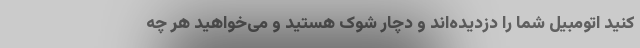
کنید اتومبیل شما را دزدیده‌اند و دچار شوک هستید و می‌خواهید هر چه